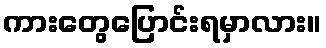
ကားတွေပြောင်းရမှာလား။